Vaccination in Bombay 1863-1868 - 1863-1868
Year: 1863
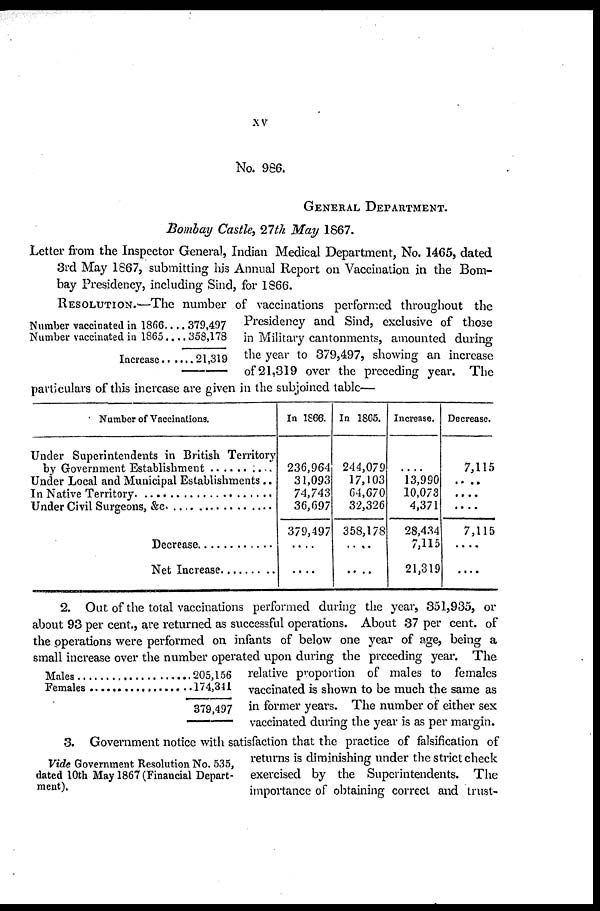
XV
No. 986.
GENERAL DEPARTMENT.
Bombay Castle, 27th May 1867.
Number vaccinated in 1866..
Number vaccinated in 1865..
Increase. . . . . . .
.. 379,497
.. 358,178
21,319
Letter from the Inspector General, Indian Medical Department, No. 1465, dated
3rd May 1867, submitting his Annual Report on Vaccination in the Bom-
bay Presidency, including Sind, for 1866.
RESOLUTION.—The number of vaccinations performed throughout the
Presidency and Sind, exclusive of those
in Military cantonments, amounted during
the year to 379,497, showing an increase
of 21,319 over the preceding year. The
particulars of this increase are given in the subjoined table—
Number of Vaccinations.
Under Superintendents in British Territory
by Government Establishment . . . . . . . . . .
Under Local and Municipal Establishments..
In Native territory . . . . . . . . . . . . . . . . . . . .
Under Civil Surgeons, &c. . . . . . . . . . . . . .
Decrease . . . . . . . . . . . .
Net Incerease . . . . . . . . . . .
In 1866.
236,964
31,093
74,743
36,697
379,497
....
....
In 18G5.
244,079
17,103
64,670
32,326
358,178
....
....
Increase.
....
13,990
10,073
4,371
28,434
7,115
21,319
Decrease.
7,115
....
....
7,115
....
....
Males . . . . . . . . . . . . . . . . . . . . . . . . .
Females . . . . . . . . . . . . . . . . . . . . . . .
205,156
174,341
379,497
2. Out of the total vaccinations performed during the year, 351,935, or
about 93 per cent., are returned as successful operations. About 37 per cent, of
the operations were performed on infants of below one year of age, being a
small increase over the number operated upon during the preceding year. The
relative proportion of males to females
vaccinated is shown to be much the same as
in former years. The number of either sex
vaccinated during the year is as per margin.
Vide Government Resolution No. 535,
dated 10th May 1867 (Financial Depart-
ment).
3. Government notice with satisfaction that the practice of falsification of
returns is diminishing under the strict check
exercised by the Superintendents. The
importance of obtaining correct and trust-